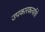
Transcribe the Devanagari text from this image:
उपकारकर्त्याचे